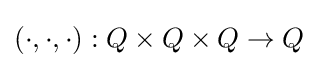
(\cdot ,\cdot ,\cdot ):Q\times Q\times Q\to Q